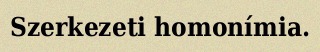
Szerkezeti homonímia.